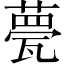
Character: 甍